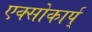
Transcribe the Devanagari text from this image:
एक्सोकार्प्